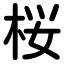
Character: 桜